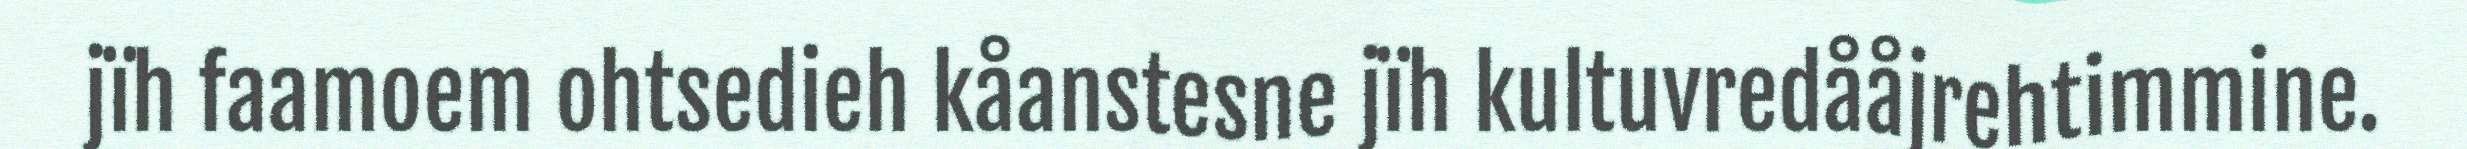
jïh faamoem ohtsedieh kåanstesne jïh kultuvredååjrehtimmine.